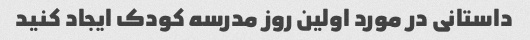
داستانی در مورد اولین روز مدرسه کودک ایجاد کنید